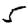
Digit: 5